Vaccination Hyderabad 1890-1903 - 1890-1903
Year: 1890
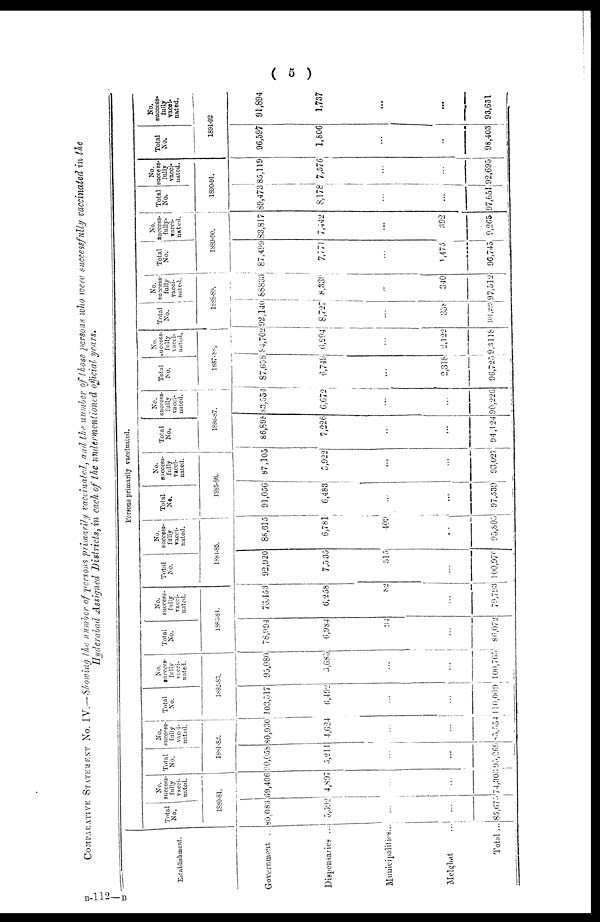
( 5 )
COMPARATIVE STATEMENT No. IV. — Showing the number of persons primarily vaccinated, and the number of those persons who were successfully vaccinated in the
Hyderabad Assigned Districts, in each of the undermentioned official years.
Establishment.
Government ....
Dispensaries ...
Municipalities...
Melghat ...
Total ...
Persons primarily vaccinated.
Total
No.
No.
success-
fully
vacci-
nated.
1880-81.
80,083
5,392
...
...
85,675
69,406
4,897
...
...
74,303
Total
No.
No.
(success-
fully
vacci-
nated.
1881-82
90,056
5,211
...
...
95,269
80,930
4,624
...
...
85,554
Total
No.
No.
success¬
fully
vacci¬
nated.
1882-83.
103,517
6,492
...
...
110,009
95,080
5,685
...
...
100,765
Total
No.
No.
success¬
fully
vacci-
nated.
1883-84
78,994
6,984
94
...
86,072
73,453
6,258
82
...
79,793
Total
No.
No.
success¬
fully
vacci¬
nated.
1884-85.
92,920
7,535
515
...
100,970
88,615
6,781
409
...
95,805
Total
No.
No.
success-
fully
vacci-
nated.
1885-86.
91,056
6,483
...
...
97,539
87,105
5,922
...
...
93,027
Total
No.
No.
success-
fully
vacci-
nated.
1886-87.
86,898
7,226
...
...
94,124
83,554
6,672
...
...
90,226
Total
No.
No.
success-
fully
vacci-
nated.
1887-88.
87,658
6,749
...
2,318
96,725
84,702
6,294
...
2,122
9,3118
Total
No.
No.
success¬
fully
vacci¬
nated.
1888-89.
92,140
8,727
...
358
101,225
88833
8,339
...
340
97,512
Total
No.
No.
success-
fully¬
vacci¬
nated.
1889-90.
87,499
7,771
...
1,475
96,745
83,817
7,442
...
392
9,265
Total
No.
No.
success-
fully
vacci-
nated.
1890-91.
89,473
8,178
...
...
97,651
85,119
7,576
...
...
92,695
Total
No.
No.
success¬
fully
vacci-
nated.
1891-92
96,597
1,806
...
...
98,403
91,894
1,737
...
...
93,631
B-112—B